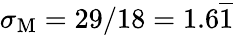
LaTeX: \sigma_{\mathrm{M}}=29/18=1.6\overline{{1}}